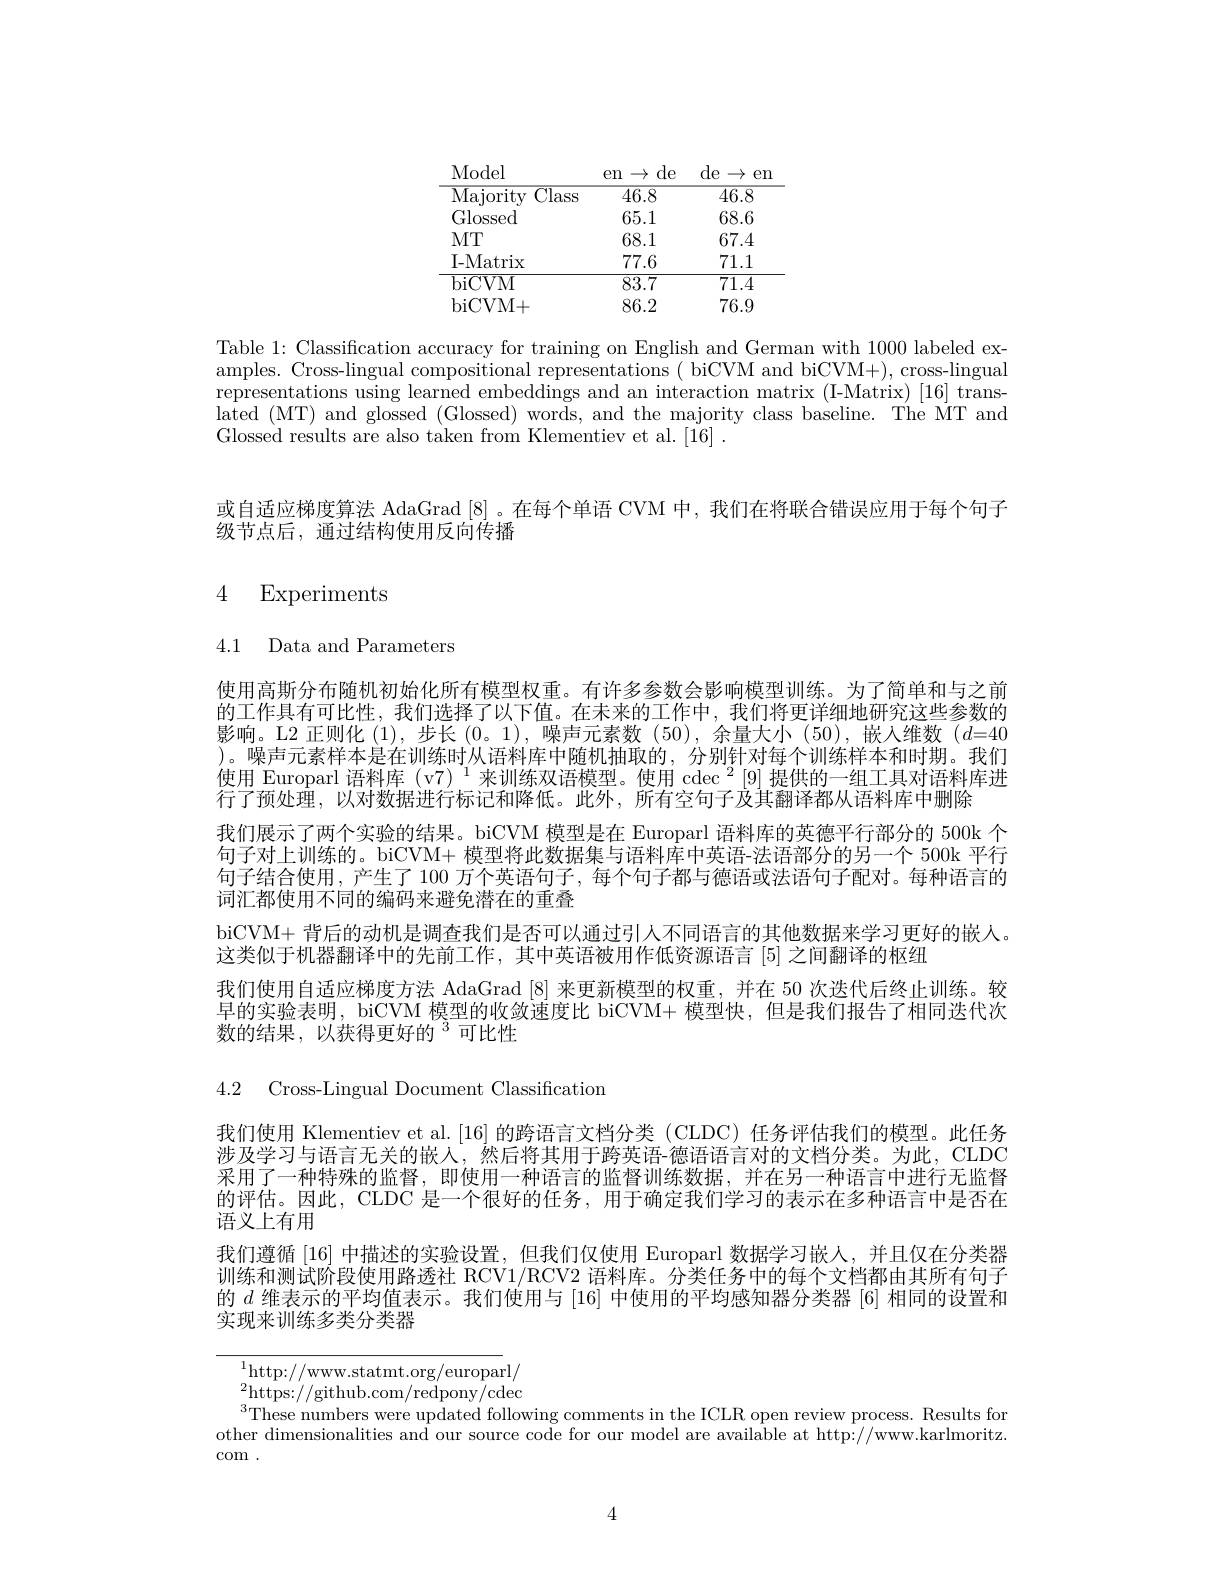
<table>
	<tbody>
		<tr>
			<th>Model</th>
			<th>de en $\rightarrow$</th>
			<th>de $\rightarrow$ en</th>
		</tr>
		<tr>
			<td>Majority $\overline{\mathrm{Class}}$</td>
			<td>46.8</td>
			<td>46.8</td>
		</tr>
		<tr>
			<td>Glossed</td>
			<td>65.1</td>
			<td>68.6</td>
		</tr>
		<tr>
			<td>$MT$</td>
			<td>68.1</td>
			<td>67.4</td>
		</tr>
		<tr>
			<td>I- Matrix</td>
			<td>77.6</td>
			<td>71.1</td>
		</tr>
		<tr>
			<td>biCVM</td>
			<td>83.7</td>
			<td>71.4</td>
		</tr>
		<tr>
			<td>biCVM+ </td>
			<td>86.2</td>
			<td>76.9</td>
		</tr>
	</tbody>
</table>

Table 1: Classification accuracy for training on English and German with 1000 labeled examples. Cross-lingual compositional representations ( biCVM and biCVM+), cross-lingual representations using learned embeddings and an interaction matrix (I-Matrix) [16] translated (MT) and glossed (Glossed) words, and the majority class baseline. The MT and Glossed results are also taken from Klementiev et al. [16] .

或自适应梯度算法 AdaGrad [8] 。在每个单语 CVM 中，我们在将联合错误应用于每个句子
级节点后，通过结构使用反向传播

# 4 Experiments

4.1 Data and Parameters

使用高斯分布随机初始化所有模型权重。有许多参数会影响模型训练。为了简单和与之前的工作具有可比性，我们选择了以下值。在未来的工作中，我们将更详细地研究这些参数的影响。L2 正则化(1),步长(0。1),噪声元素数(50),余量大小(50),嵌人维数($d=40$ )。噪声元素样本是在训练时从语料库中随机抽取的，分别针对每个训练样本和时期。我们使用 Europarl 语料库 (v7) $^1$来训练双语模型。使用 $\csc^2[9]$ 提供的一组工具对语料库进行了预处理，以对数据进行标记和降低。此外，所有空句子及其翻译都从语料库中删除
我们展示了两个实验的结果。biCVM 模型是在 Europarl 语料库的英德平行部分的 500k 个句子对上训练的。biCVM+ 模型将此数据集与语料库中英语-法语部分的另一个 500k 平行句子结合使用，产生了 100 万个英语句子，每个句子都与德语或法语句子配对。每种语言的词汇都使用不同的编码来避免潜在的重叠
biCVM+ 背后的动机是调查我们是否可以通过引人不同语言的其他数据来学习更好的嵌人。
这类似于机器翻译中的先前工作，其中英语被用作低资源语言[5]之间翻译的枢纽
我们使用自适应梯度方法 AdaGrad [8]来更新模型的权重，并在 50 次迭代后终止训练。较早的实验表明，biCVM 模型的收敛速度比 biCVM+ 模型快，但是我们报告了相同迭代次数的结果，以获得更好的$^{3}$可比性

4.2 Cross-Lingual Document Classification

我们使用 Klementiev et al.[16] 的跨语言文档分类 (CLDC) 任务评估我们的模型。此任务涉及学习与语言无关的嵌人，然后将其用于跨英语-德语语言对的文档分类。为此，CLDC 采用了一种特殊的监督，即使用一种语言的监督训练数据，并在另一种语言中进行无监督的评估。因此，CLDC 是一个很好的任务，用于确定我们学习的表示在多种语言中是否在语义上有用
我们遵循 [16] 中描述的实验设置，但我们仅使用 Europarl 数据学习嵌人，并且仅在分类器训练和测试阶段使用路透社 RCV1/RCV2 语料库。分类任务中的每个文档都由其所有句子的$d$维表示的平均值表示。我们使用与 [16] 中使用的平均感知器分类器 [6] 相同的设置和实现来训练多类分类器

$^{1}$http://www.statmt.org/europarl/ ${}_{\mathrm{a}}^{2}$https://github.com/redpony/cdec $^{3}$These numbers were updated following comments in the ICLR open review process. Results for other dimensionalities and our source code for our model are available at http://www.karlmoritz $\operatorname{com}.$

4